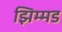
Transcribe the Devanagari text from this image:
झिम्मड